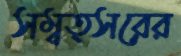
সম্বত্সরের